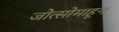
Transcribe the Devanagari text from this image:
जोत्सोमाहून